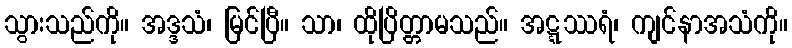
သွားသည်ကို။ အဒ္ဒသံ၊ မြင်ပြီ။ သာ၊ ထိုပြိတ္တာမသည်။ အဋ္ဋဿရံ၊ ကျင်နာအသံကို။